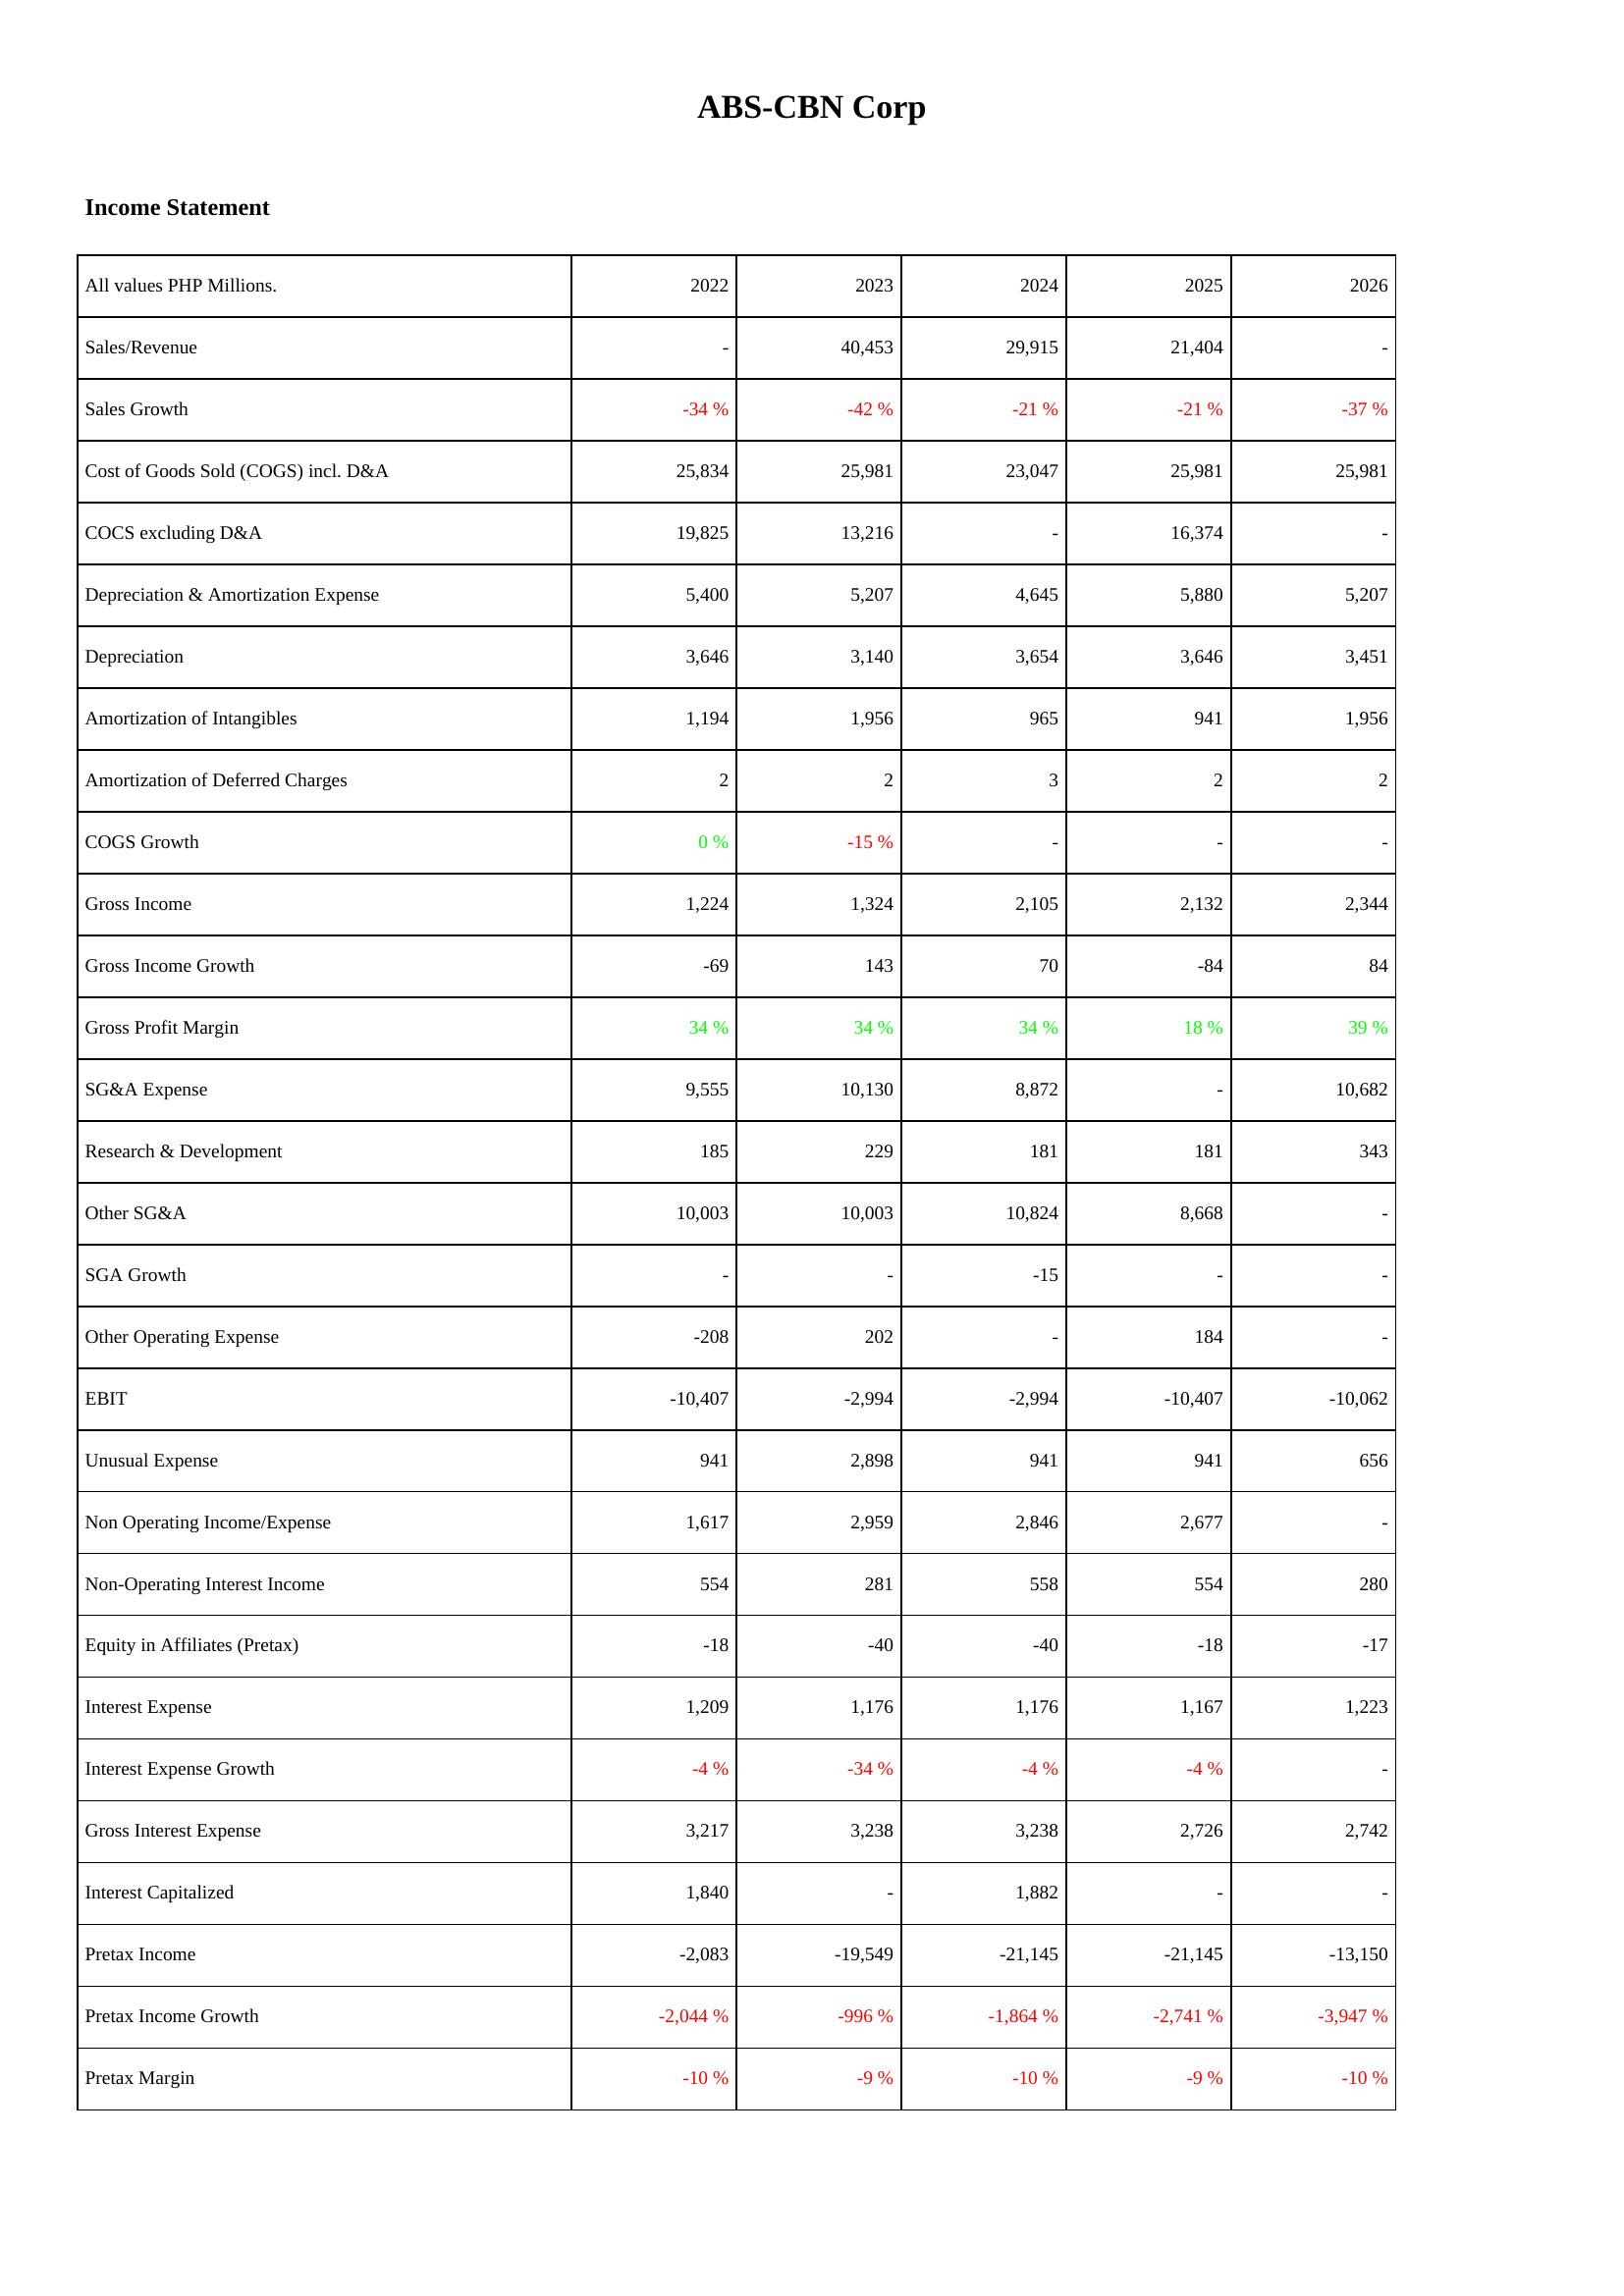
2022: Income Statement: Sales/Revenue: -
Sales Growth: -34 %
Cost of Goods Sold (COGS) incl. D&A: 25,834
COCS excluding D&A: 19,825
Depreciation & Amortization Expense: 5,400
Depreciation: 3,646
Amortization of Intangibles: 1,194
Amortization of Deferred Charges: 2
COGS Growth: 0 %
Gross Income: 1,224
Gross Income Growth: -69
Gross Profit Margin: 34 %
SG&A Expense: 9,555
Research & Development: 185
Other SG&A: 10,003
SGA Growth: -
Other Operating Expense: -208
EBIT: -10,407
Unusual Expense: 941
Non Operating Income/Expense: 1,617
Non-Operating Interest Income: 554
Equity in Affiliates (Pretax): -18
Interest Expense: 1,209
Interest Expense Growth: -4 %
Gross Interest Expense: 3,217
Interest Capitalized: 1,840
Pretax Income: -2,083
Pretax Income Growth: -2,044 %
Pretax Margin: -10 %
2023: Income Statement: Sales/Revenue: 40,453
Sales Growth: -42 %
Cost of Goods Sold (COGS) incl. D&A: 25,981
COCS excluding D&A: 13,216
Depreciation & Amortization Expense: 5,207
Depreciation: 3,140
Amortization of Intangibles: 1,956
Amortization of Deferred Charges: 2
COGS Growth: -15 %
Gross Income: 1,324
Gross Income Growth: 143
Gross Profit Margin: 34 %
SG&A Expense: 10,130
Research & Development: 229
Other SG&A: 10,003
SGA Growth: -
Other Operating Expense: 202
EBIT: -2,994
Unusual Expense: 2,898
Non Operating Income/Expense: 2,959
Non-Operating Interest Income: 281
Equity in Affiliates (Pretax): -40
Interest Expense: 1,176
Interest Expense Growth: -34 %
Gross Interest Expense: 3,238
Interest Capitalized: -
Pretax Income: -19,549
Pretax Income Growth: -996 %
Pretax Margin: -9 %
2024: Income Statement: Sales/Revenue: 29,915
Sales Growth: -21 %
Cost of Goods Sold (COGS) incl. D&A: 23,047
COCS excluding D&A: -
Depreciation & Amortization Expense: 4,645
Depreciation: 3,654
Amortization of Intangibles: 965
Amortization of Deferred Charges: 3
COGS Growth: -
Gross Income: 2,105
Gross Income Growth: 70
Gross Profit Margin: 34 %
SG&A Expense: 8,872
Research & Development: 181
Other SG&A: 10,824
SGA Growth: -15
Other Operating Expense: -
EBIT: -2,994
Unusual Expense: 941
Non Operating Income/Expense: 2,846
Non-Operating Interest Income: 558
Equity in Affiliates (Pretax): -40
Interest Expense: 1,176
Interest Expense Growth: -4 %
Gross Interest Expense: 3,238
Interest Capitalized: 1,882
Pretax Income: -21,145
Pretax Income Growth: -1,864 %
Pretax Margin: -10 %
2025: Income Statement: Sales/Revenue: 21,404
Sales Growth: -21 %
Cost of Goods Sold (COGS) incl. D&A: 25,981
COCS excluding D&A: 16,374
Depreciation & Amortization Expense: 5,880
Depreciation: 3,646
Amortization of Intangibles: 941
Amortization of Deferred Charges: 2
COGS Growth: -
Gross Income: 2,132
Gross Income Growth: -84
Gross Profit Margin: 18 %
SG&A Expense: -
Research & Development: 181
Other SG&A: 8,668
SGA Growth: -
Other Operating Expense: 184
EBIT: -10,407
Unusual Expense: 941
Non Operating Income/Expense: 2,677
Non-Operating Interest Income: 554
Equity in Affiliates (Pretax): -18
Interest Expense: 1,167
Interest Expense Growth: -4 %
Gross Interest Expense: 2,726
Interest Capitalized: -
Pretax Income: -21,145
Pretax Income Growth: -2,741 %
Pretax Margin: -9 %
2026: Income Statement: Sales/Revenue: -
Sales Growth: -37 %
Cost of Goods Sold (COGS) incl. D&A: 25,981
COCS excluding D&A: -
Depreciation & Amortization Expense: 5,207
Depreciation: 3,451
Amortization of Intangibles: 1,956
Amortization of Deferred Charges: 2
COGS Growth: -
Gross Income: 2,344
Gross Income Growth: 84
Gross Profit Margin: 39 %
SG&A Expense: 10,682
Research & Development: 343
Other SG&A: -
SGA Growth: -
Other Operating Expense: -
EBIT: -10,062
Unusual Expense: 656
Non Operating Income/Expense: -
Non-Operating Interest Income: 280
Equity in Affiliates (Pretax): -17
Interest Expense: 1,223
Interest Expense Growth: -
Gross Interest Expense: 2,742
Interest Capitalized: -
Pretax Income: -13,150
Pretax Income Growth: -3,947 %
Pretax Margin: -10 %